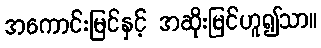
အကောင်းမြင်နှင့် အဆိုးမြင်ဟူ၍သာ။